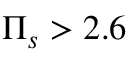
\Pi _ { s } > 2 . 6